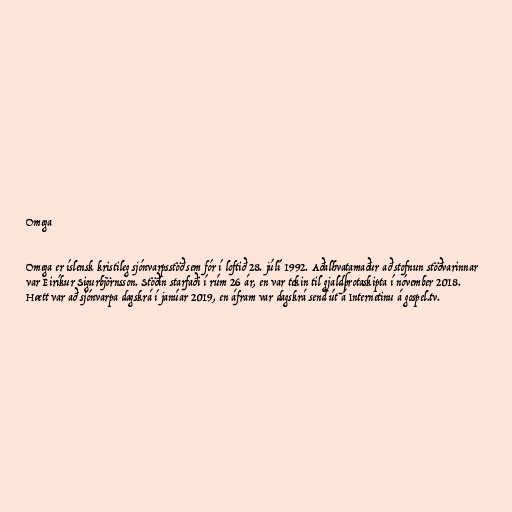
Omega

Omega er íslensk kristileg sjónvarpsstöð sem fór í loftið 28. júlí 1992. Aðalhvatamaður að stofnun stöðvarinnar
var Eiríkur Sigurbjörnsson. Stöðin starfaði í rúm 26 ár, en var tekin til gjaldþrotaskipta í nóvember 2018.
Hætt var að sjónvarpa dagskrá í janúar 2019, en áfram var dagskrá send út á Internetinu á gospel.tv.